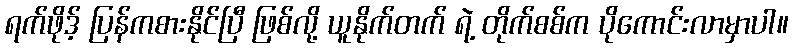
ရက်ဖိုဒ့် ပြန်ကစားနိုင်ပြီ ဖြစ်လို့ ယူနိုက်တက် ရဲ့ တိုက်စစ်က ပိုကောင်းလာမှာပါ။